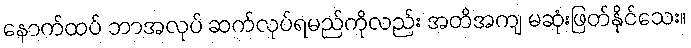
နောက်ထပ် ဘာအလုပ် ဆက်လုပ်ရမည်ကိုလည်း အတိအကျ မဆုံးဖြတ်နိုင်သေး။